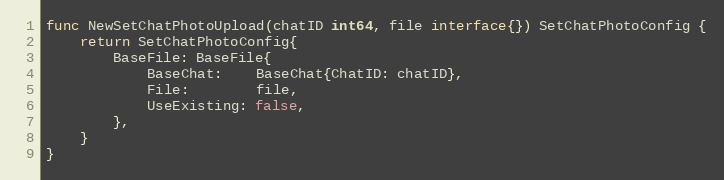
Language: Go
func NewSetChatPhotoUpload(chatID int64, file interface{}) SetChatPhotoConfig {
	return SetChatPhotoConfig{
		BaseFile: BaseFile{
			BaseChat:    BaseChat{ChatID: chatID},
			File:        file,
			UseExisting: false,
		},
	}
}